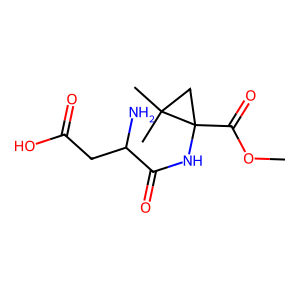
SMILES: COC(=O)C1(NC(=O)C(N)CC(=O)O)CC1(C)C
Inhibits HIV replication: No